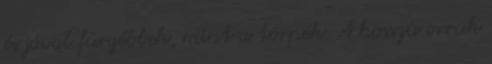
és jóval fürgébbek, mint a törpék. A hosszú orruk